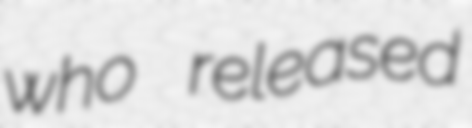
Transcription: who released